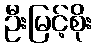
ဦးမြင့်စိုး